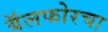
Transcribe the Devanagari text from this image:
बॅलफोरचा